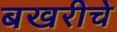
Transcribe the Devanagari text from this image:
बखरीचे